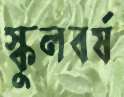
স্কুলবর্ষ